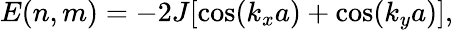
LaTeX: E(n,m)=-2J[\cos(k_{x}a)+\cos(k_{y}a)],